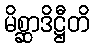
မိစ္ဆာဒိဋ္ဌီတိ